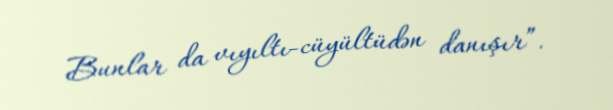
Bunlar da vıyıltı-cüyültüdən danışır”.